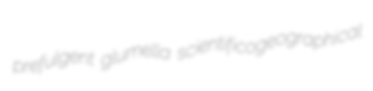
prefulgent glumella scientificogeographical